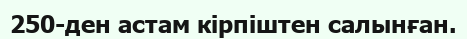
250-ден астам кірпіштен салынған.